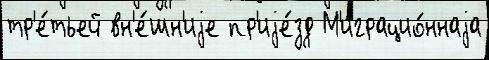
тр'е́тьей вн'е́шн'иjе пр'иjе́зд М'играцио́ннаjа